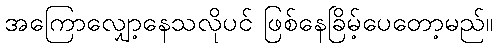
အကြောလျှော့နေသလိုပင် ဖြစ်နေခြိမ့်ပေတော့မည်။